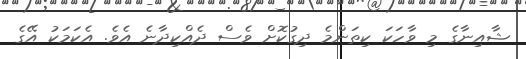
ޝާއިނާގެ މި ވާހަކަ ކިތަންމެ ދިގުކޮށް ވެސް ދެއްކިދާނެ އެވެ. އެކަމަކު އޭގެ